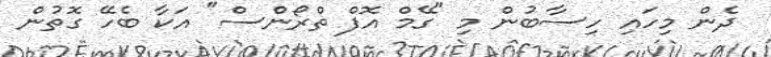
ދެން މިހައި ހިސާބުން މި "ގޭމް އޮފް ތްރޯންސް" އަކާ ބެހޭ ގޮތުން